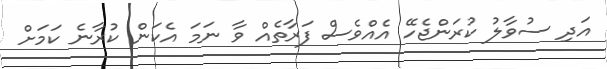
އަދި ސުވާލު ކުރަންޖެހޭ އެއްވެސް ފަރާތެއް ވާ ނަމަ އެކަން ކުރާނެ ކަމަށް